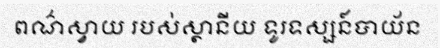
ពណ៌ស្វាយ របស់ស្ថានីយ ទូរទស្សន៍បាយ័ន